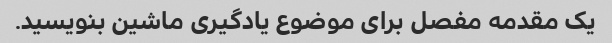
یک مقدمه مفصل برای موضوع یادگیری ماشین بنویسید.